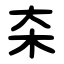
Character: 㚓